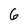
Character: 6